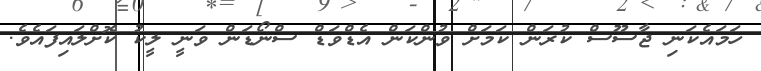
ހަމައެކަނި ޖާސޫސް ކުރަން ކަމަށް ވުންކަން އެޑްވަޑް ސްނޯޑަން ވަނީ ލީކު ކޮށްލައިފައެވެ.